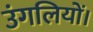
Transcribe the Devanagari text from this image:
उंगलियों।